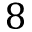
8